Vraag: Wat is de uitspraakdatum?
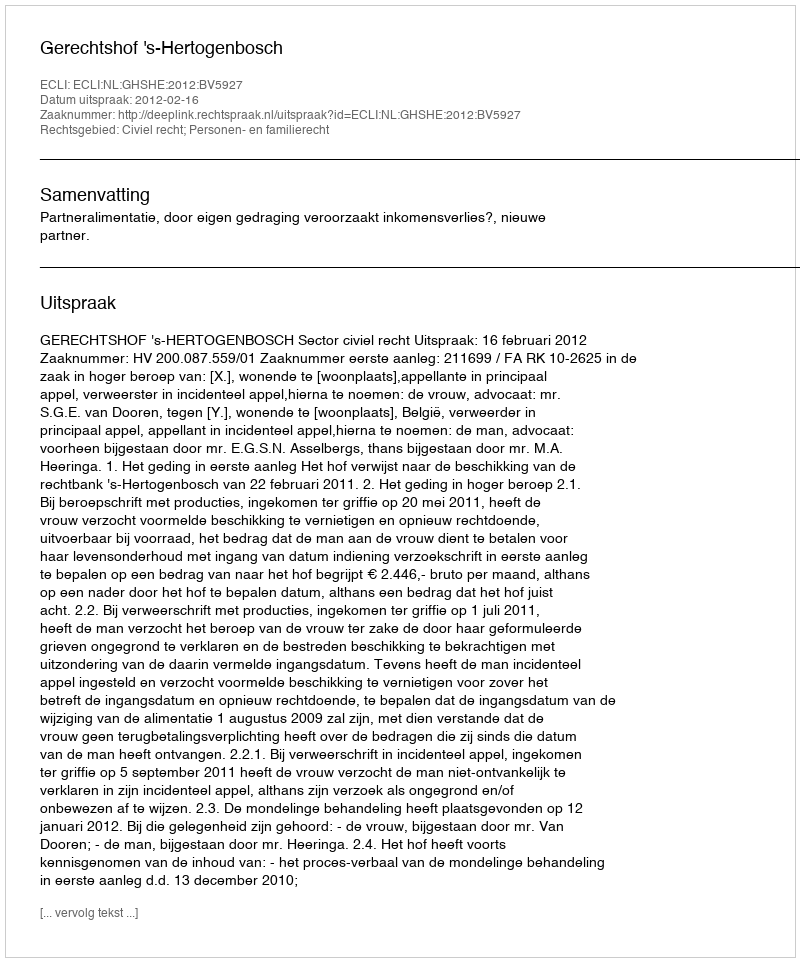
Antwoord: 2012-02-16